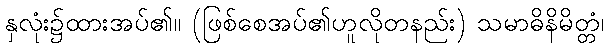
နှလုံး၌ထားအပ်၏။ (ဖြစ်စေအပ်၏ဟူလိုတနည်း) သမာဓိနိမိတ္တံ၊